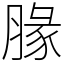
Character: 腞